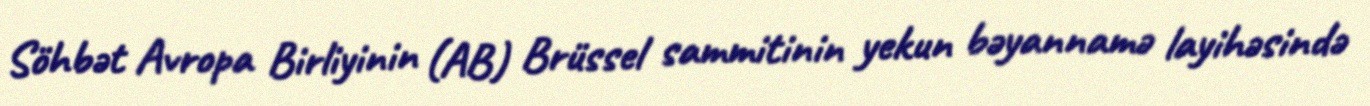
Söhbət Avropa Birliyinin (AB) Brüssel sammitinin yekun bəyannamə layihəsində